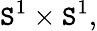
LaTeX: \mathtt{S}^{1}\times\mathtt{S}^{1},